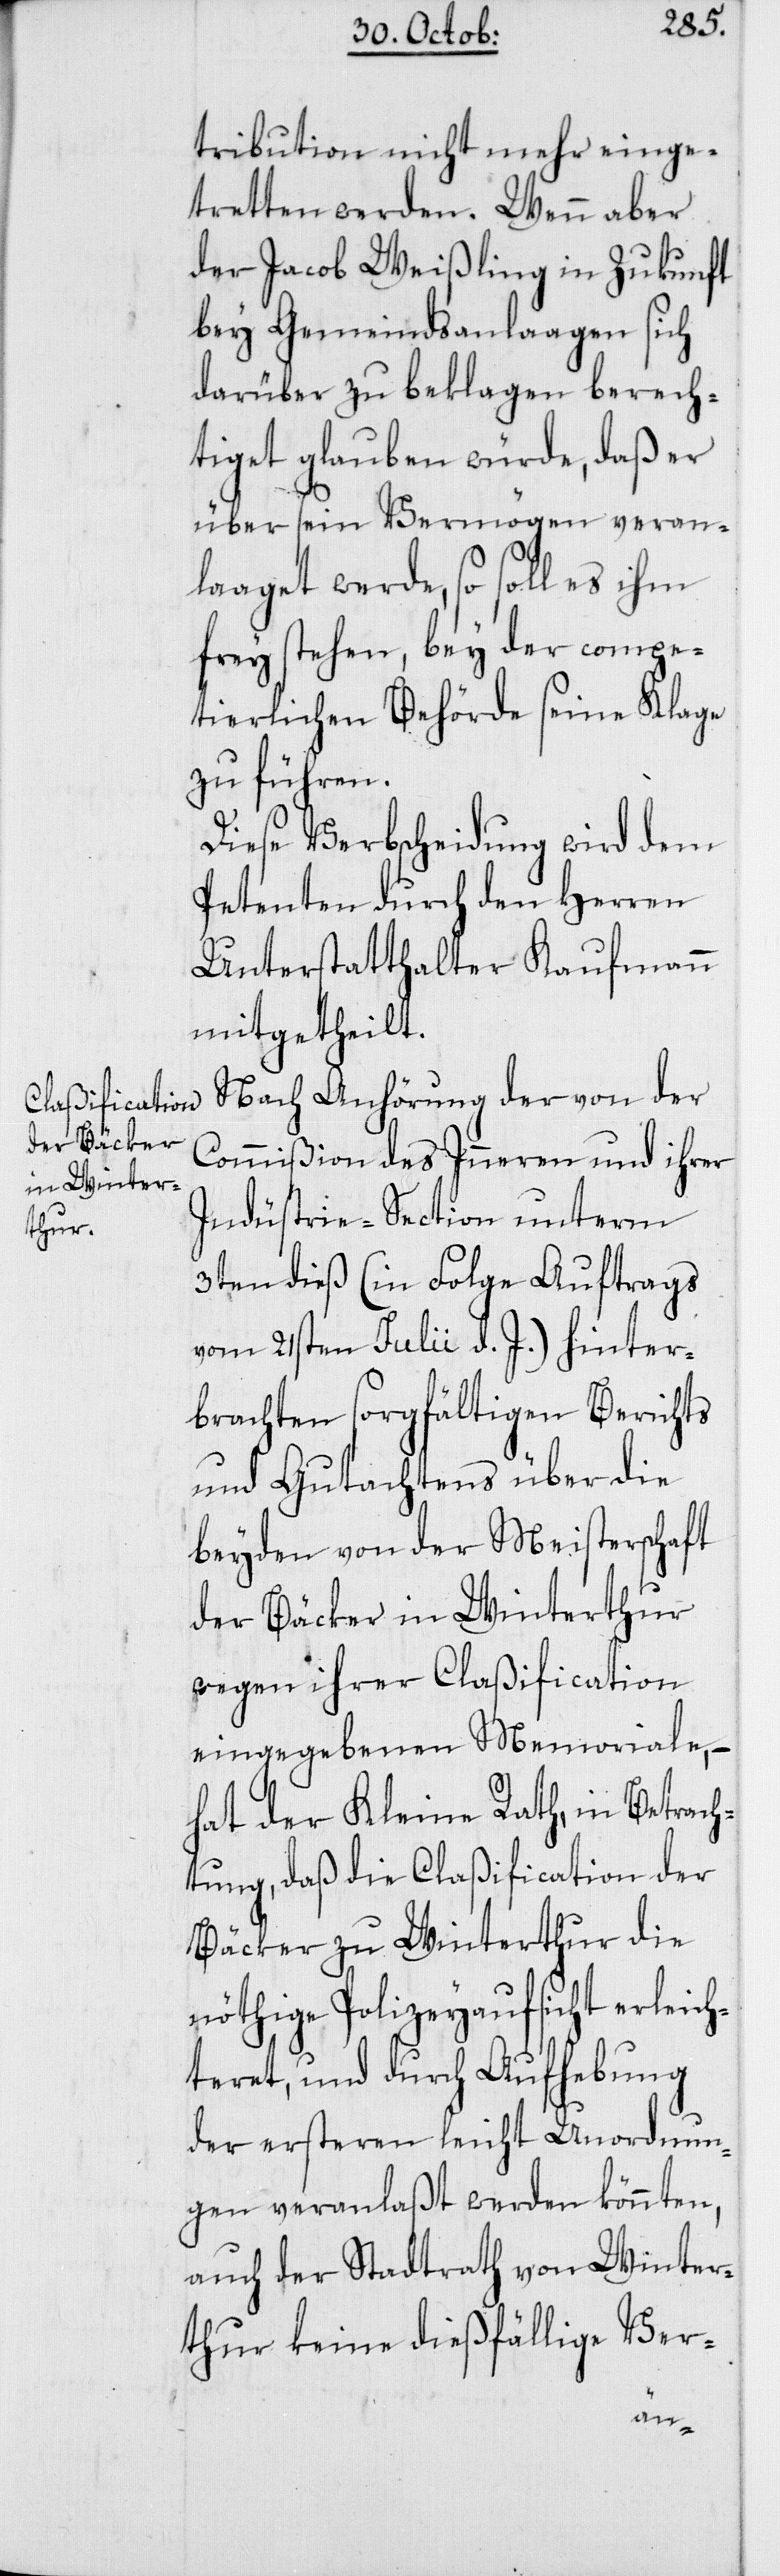
tribution nicht mehr einge¬
tretten werden. Wenn aber
der Jacob Weißling in Zukunft
bey Gemeindsanlaagen sich
darüber zu beklagen berech¬
tiget glauben würde, daß er
über sein Vermögen veran¬
laaget werde, so soll es ihm
frey stehen, bey der compe¬
tierlichen Behörde seine Klage
zu führen.
Diese Verbscheidung wird dem
Petenten durch den Herren
Unterstatthalter Kaufmann
mitgetheilt.
Nach Anhörung der von der
Commißion des Inneren und ihrer
Indüstrie-Section unterm
3ten dieß (in Folge Auftrags
vom 21sten Julii d. J.) hinter¬
brachten sorgfältigen Berichts
und Gutachtens über die
beyden von der Meisterschaft
der Bäcker in Winterthur
wegen ihrer Claßification
eingegebenen Memoriale, –
hat der Kleine Rath, in Betrach¬
tung, daß die Claßification der
Bäcker zu Winterthur die
nöthige Polizeyaufsicht erleich¬
teret, und durch Aufhebung
der ersteren leicht Unordnun¬
gen veranlaßt werden könnten,
auch der Stadtrath von Winter¬
thur keine dießfällige Ver-